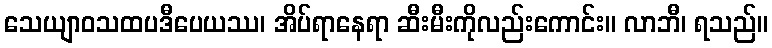
သေယျာဝသထပဒီပေယဿ၊ အိပ်ရာနေရာ ဆီးမီးကိုလည်းကောင်း။ လာဘီ၊ ရသည်။